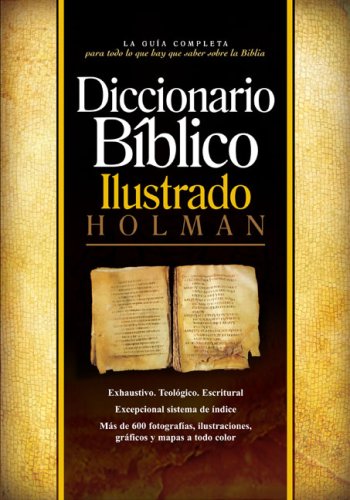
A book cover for Diccionario Biblico Ilustrado Holman (Spanish Edition); Holman Bible Editorial Staff; Christian Books & Bibles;